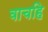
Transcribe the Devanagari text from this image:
वाचहि